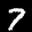
Label: 7